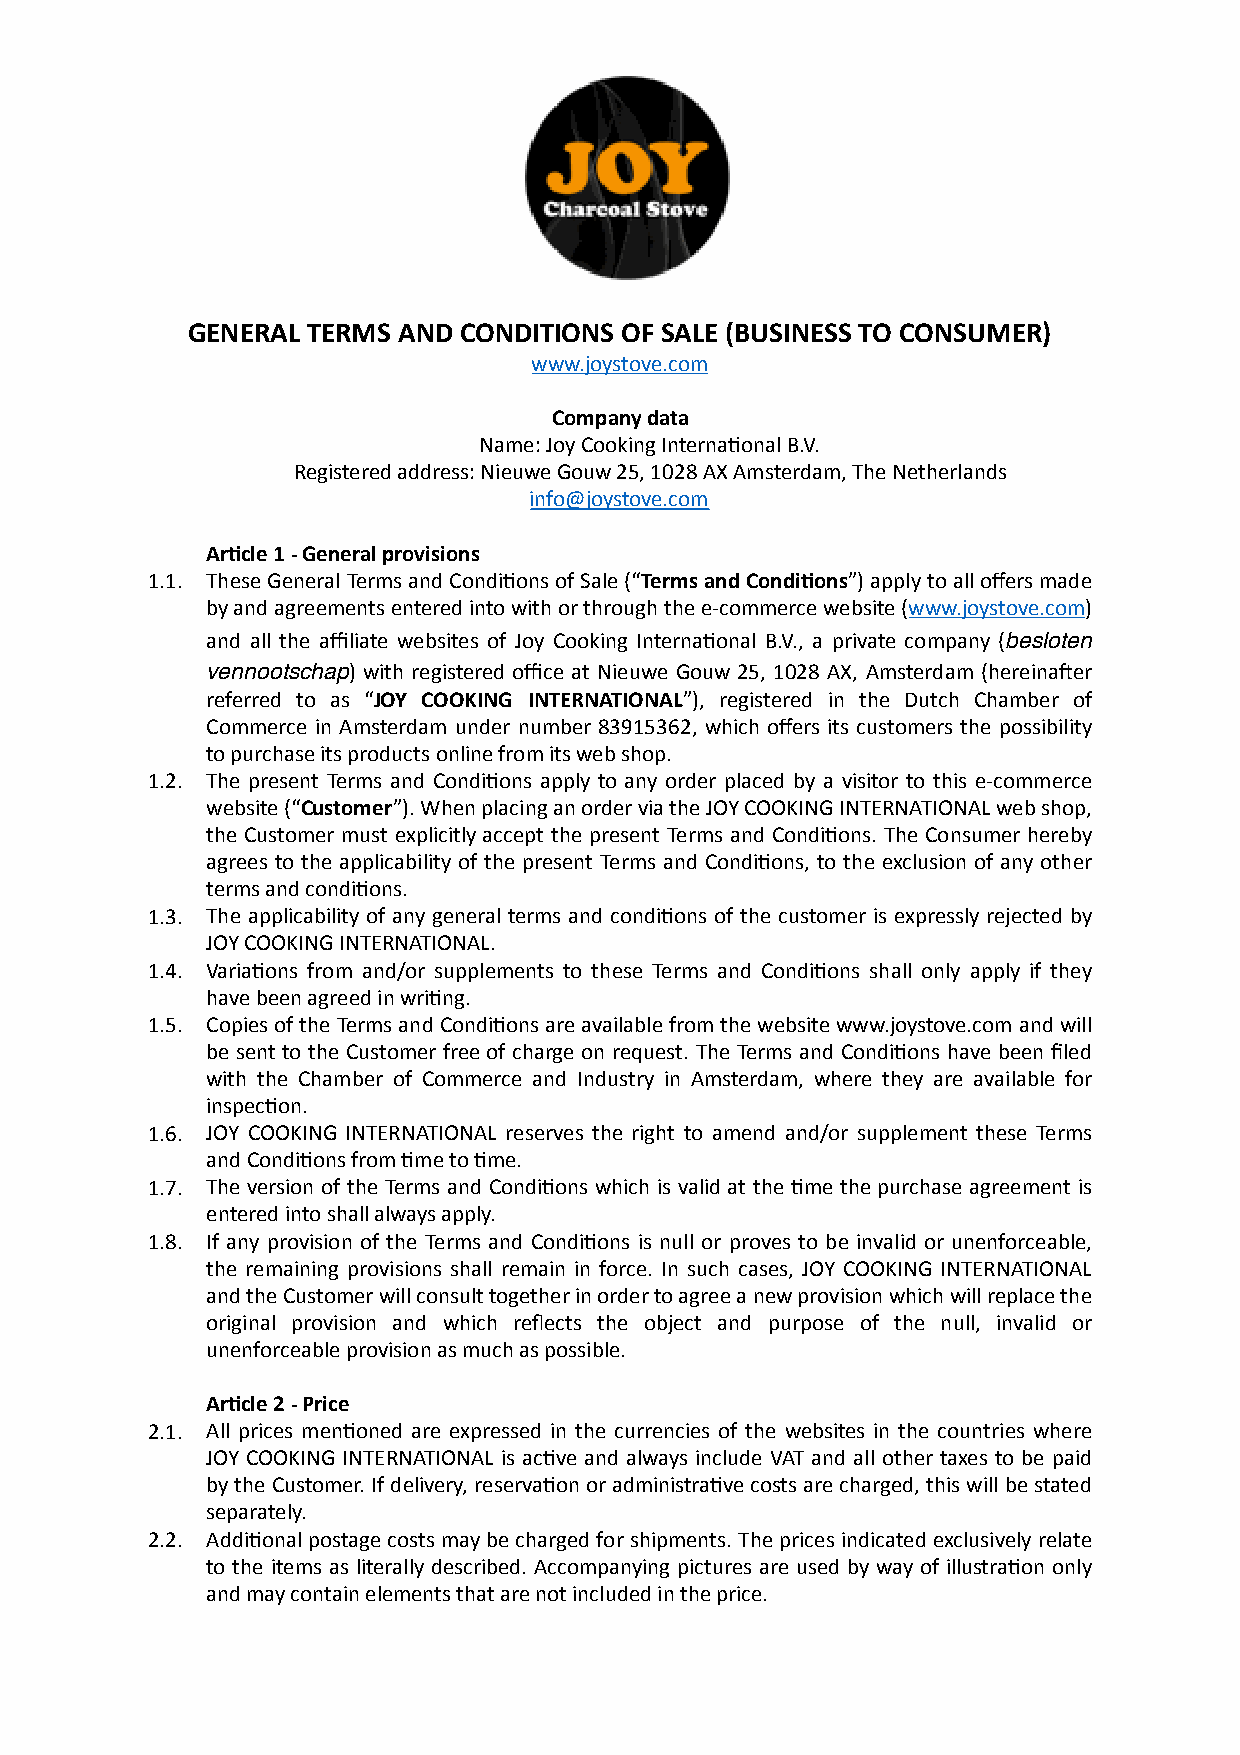

 GENERAL TERMS AND CONDITIONS OF SALE (BUSINESS TO CONSUMER)
 www.joystove.com
 Company data
 Name: Joy Cooking Interna9onal B.V.
 Registered address: Nieuwe Gouw 25, 1028 AX Amsterdam, The Netherlands
 info@joystove.com
 1.  Ar?cle 1 - General provisions
 1.1. These General Terms and Condi9ons of Sale (“Terms and Condi?ons”) apply to all offers made
 by and agreements entered into with or through the e-commerce website (www.joystove.com)
 and all the affiliate websites of Joy Cooking Interna9onal B.V., a private company (besloten
 vennootschap) with registered office at Nieuwe Gouw 25, 1028 AX, Amsterdam (hereinaWer
 referred to as “JOY COOKING INTERNATIONAL”), registered in the Dutch Chamber of
 Commerce in Amsterdam under number 83915362, which offers its customers the possibility
 to purchase its products online from its web shop.
 1.2. The present Terms and Condi9ons apply to any order placed by a visitor to this e-commerce
 website (“Customer”). When placing an order via the JOY COOKING INTERNATIONAL web shop,
 the Customer must explicitly accept the present Terms and Condi9ons. The Consumer hereby
 agrees to the applicability of the present Terms and Condi9ons, to the exclusion of any other
 terms and condi9ons.
 1.3. The applicability of any general terms and condi9ons of the customer is expressly rejected by
 JOY COOKING INTERNATIONAL.
 1.4. Varia9ons from and/or supplements to these Terms and Condi9ons shall only apply if they
 have been agreed in wri9ng.
 1.5. Copies of the Terms and Condi9ons are available from the website www.joystove.com and will
 be sent to the Customer free of charge on request. The Terms and Condi9ons have been filed
 with the Chamber of Commerce and Industry in Amsterdam, where they are available for
 inspec9on.
 1.6. JOY COOKING INTERNATIONAL reserves the right to amend and/or supplement these Terms
 and Condi9ons from 9me to 9me.
 1.7. The version of the Terms and Condi9ons which is valid at the 9me the purchase agreement is
 entered into shall always apply.
 1.8. If any provision of the Terms and Condi9ons is null or proves to be invalid or unenforceable,
 the remaining provisions shall remain in force. In such cases, JOY COOKING INTERNATIONAL
 and the Customer will consult together in order to agree a new provision which will replace the
 original provision and which reflects the object and purpose of the null, invalid or
 unenforceable provision as much as possible.
 2.  Ar?cle 2 - Price
 2.1. All prices men9oned are expressed in the currencies of the websites in the countries where
 JOY COOKING INTERNATIONAL is ac9ve and always include VAT and all other taxes to be paid
 by the Customer. If delivery, reserva9on or administra9ve costs are charged, this will be stated
 separately.
 2.2. Addi9onal postage costs may be charged for shipments. The prices indicated exclusively relate
 to the items as literally described. Accompanying pictures are used by way of illustra9on only
 and may contain elements that are not included in the price.